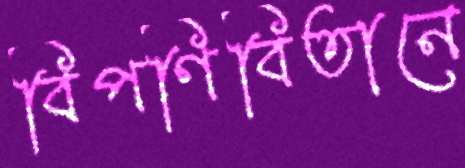
বিপণিবিতানে